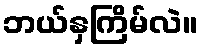
ဘယ်နှကြိမ်လဲ။